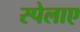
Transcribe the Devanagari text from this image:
स्पेलाए